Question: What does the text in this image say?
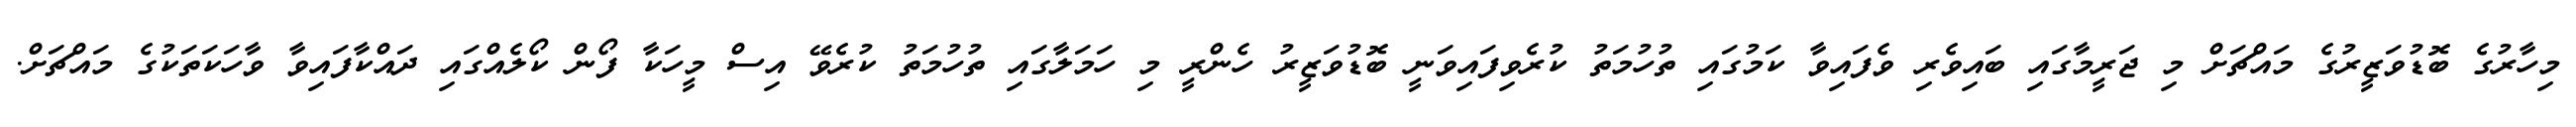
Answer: މިހާރުގެ ބޮޑުވަޒީރުގެ މައްޗަށް މި ޖަރީމާގައި ބައިވެރި ވެފައިވާ ކަމުގައި ތުހުމަތު ކުރެވިފައިވަނީ ބޮޑުވަޒީރު ހެންރީ މި ހަމަލާގައި ތުހުމަތު ކުރެވޭ އިސް މީހަކާ ފޯން ކޯލެއްގައި ދައްކާފައިވާ ވާހަކަތަކުގެ މައްޗަށް.